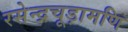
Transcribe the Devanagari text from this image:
रसेन्द्रचूड़ामणि